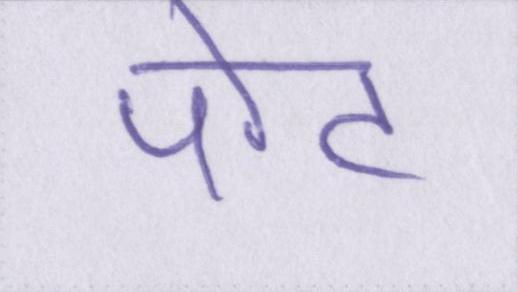
पोट